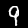
Digit: 9